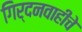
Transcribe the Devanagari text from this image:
गिर्दनवाहीचे